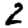
Digit: 2